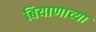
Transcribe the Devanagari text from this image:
बियाणाच्या